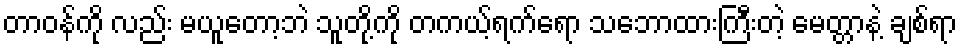
တာဝန်ကို လည်း မယူတော့ဘဲ သူတို့ကို တကယ့်ရက်ရော သဘောထားကြီးတဲ့ မေတ္တာနဲ့ ချစ်ရာ